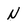
Character: N